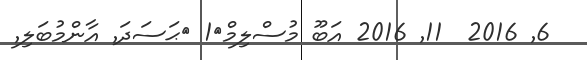
6